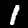
Label: 1